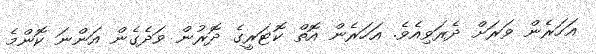
އަހަރެން ވަރަށް ދެރަވިއެވެ. އަހަރެން އޮތް ކޮޓަރީގެ ދޮރުން ވަދެގެން އަންނަ ކޮންމެ